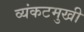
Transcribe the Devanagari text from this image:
व्यंकटमुखी